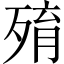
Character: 𣨧